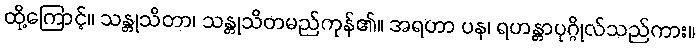
ထို့ကြောင့်။ သန္တုသိတာ၊ သန္တုသိတမည်ကုန်၏။ အရဟာ ပန၊ ရဟန္တာပုဂ္ဂိုလ်သည်ကား။